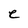
Character: e